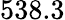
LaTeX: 538.3